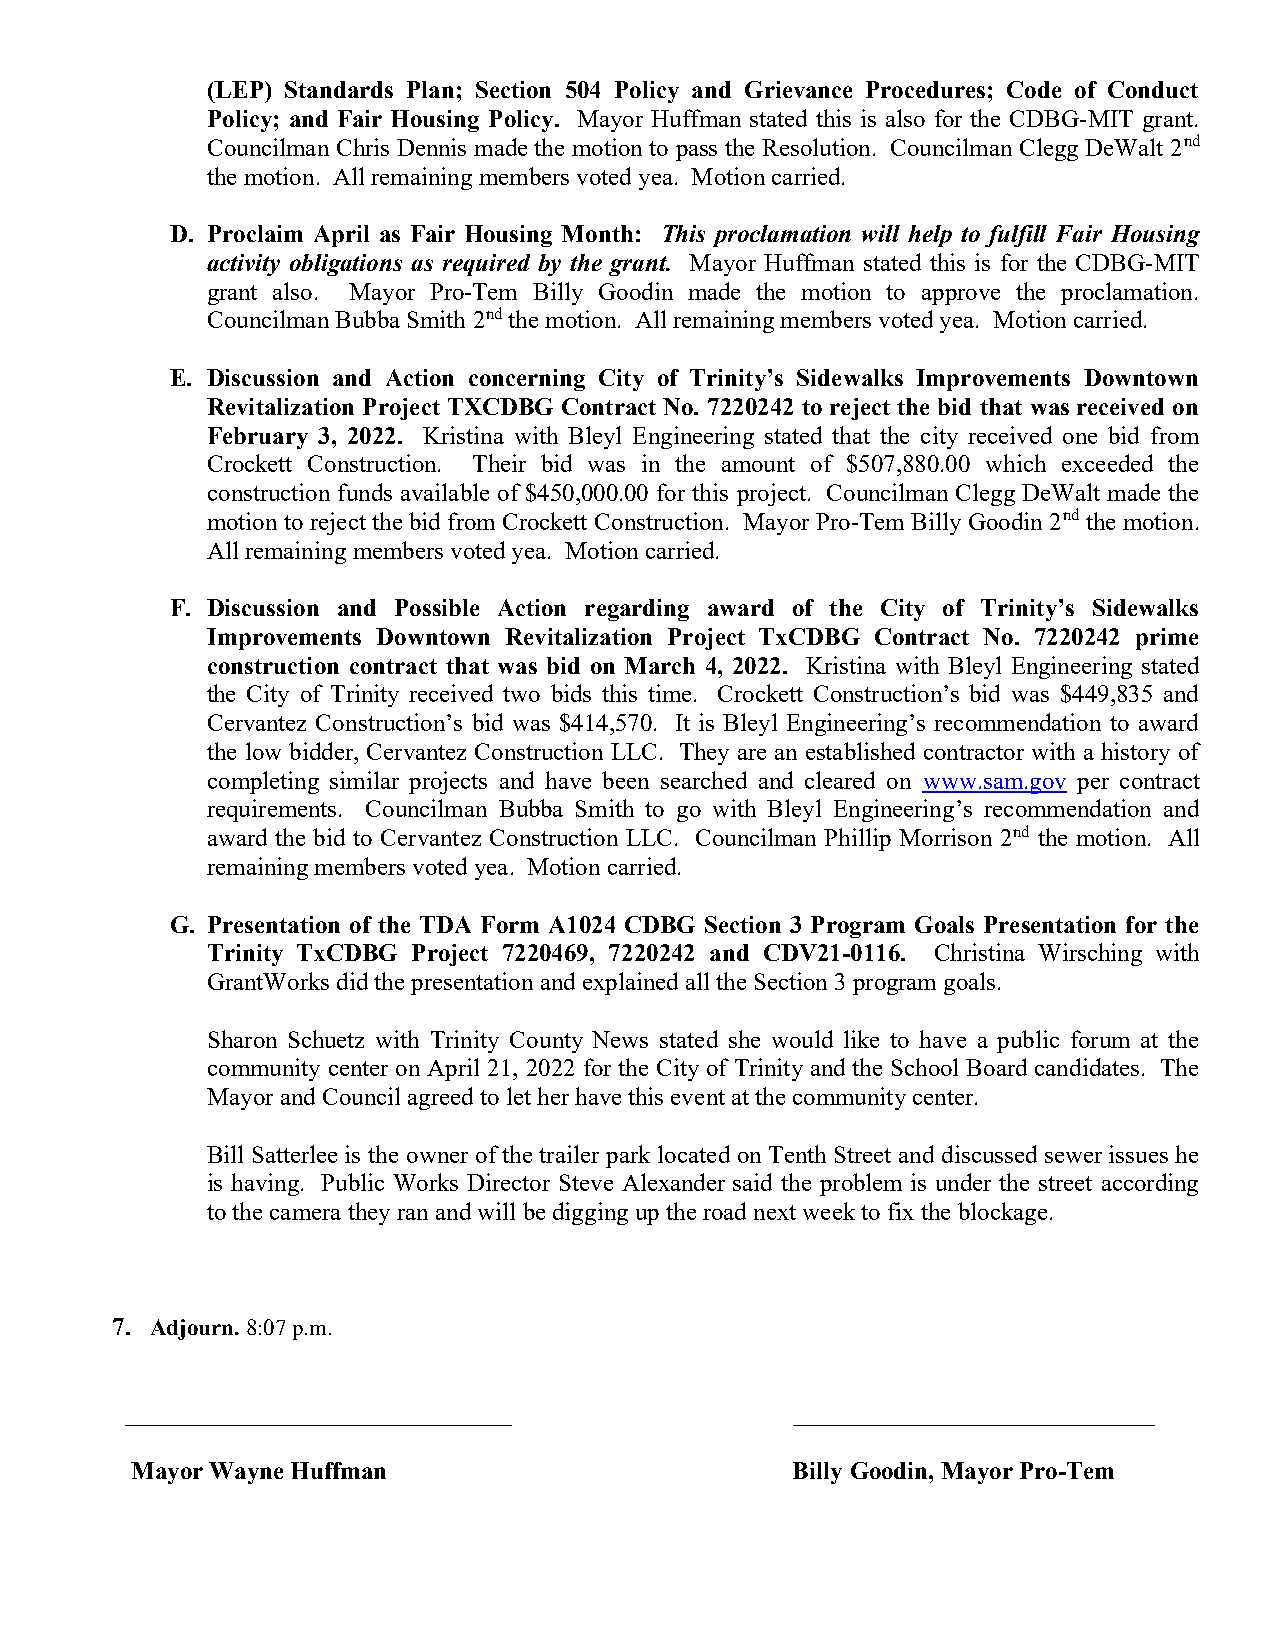
(LEP) Standards Plan; Section 504 Policy and Grievance Procedures; Code of Conduct
 Policy; and Fair Housing Policy. Mayor Huffman stated this is also for the CDBG-MIT grant.
 Councilman Chris Dennis made the motion to pass the Resolution. Councilman Clegg DeWalt 2nd
 the motion. All remaining members voted yea. Motion carried.
 D. Proclaim April as Fair Housing Month: This proclamation will help to fulfill Fair Housing
 activity obligations as required by the grant. Mayor Huffman stated this is for the CDBG-MIT
 grant also. Mayor Pro-Tem Billy Goodin made the motion to approve the proclamation.
 Councilman Bubba Smith 2nd the motion. All remaining members voted yea. Motion carried.
 E. Discussion and Action concerning City of Trinity’s Sidewalks Improvements Downtown
 Revitalization Project TXCDBG Contract No. 7220242 to reject the bid that was received on
 February 3, 2022. Kristina with Bleyl Engineering stated that the city received one bid from
 Crockett Construction. Their bid was in the amount of $507,880.00 which exceeded the
 construction funds available of $450,000.00 for this project. Councilman Clegg DeWalt made the
 motion to reject the bid from Crockett Construction. Mayor Pro-Tem Billy Goodin 2nd the motion.
 All remaining members voted yea. Motion carried.
 F. Discussion and Possible Action regarding award of the City of Trinity’s Sidewalks
 Improvements Downtown Revitalization Project TxCDBG Contract No. 7220242 prime
 construction contract that was bid on March 4, 2022. Kristina with Bleyl Engineering stated
 the City of Trinity received two bids this time. Crockett Construction’s bid was $449,835 and
 Cervantez Construction’s bid was $414,570. It is Bleyl Engineering’s recommendation to award
 the low bidder, Cervantez Construction LLC. They are an established contractor with a history of
 completing similar projects and have been searched and cleared on www.sam.gov per contract
 requirements. Councilman Bubba Smith to go with Bleyl Engineering’s recommendation and
 award the bid to Cervantez Construction LLC. Councilman Phillip Morrison 2nd the motion. All
 remaining members voted yea. Motion carried.
 G. Presentation of the TDA Form A1024 CDBG Section 3 Program Goals Presentation for the
 Trinity TxCDBG Project 7220469, 7220242 and CDV21-0116. Christina Wirsching with
 GrantWorks did the presentation and explained all the Section 3 program goals.
 Sharon Schuetz with Trinity County News stated she would like to have a public forum at the
 community center on April 21, 2022 for the City of Trinity and the School Board candidates. The
 Mayor and Council agreed to let her have this event at the community center.
 Bill Satterlee is the owner of the trailer park located on Tenth Street and discussed sewer issues he
 is having. Public Works Director Steve Alexander said the problem is under the street according
 to the camera they ran and will be digging up the road next week to fix the blockage.
 7. Adjourn. 8:07 p.m.
 _______________________________             _____________________________
 Mayor Wayne Huffman                         Billy Goodin, Mayor Pro-Tem